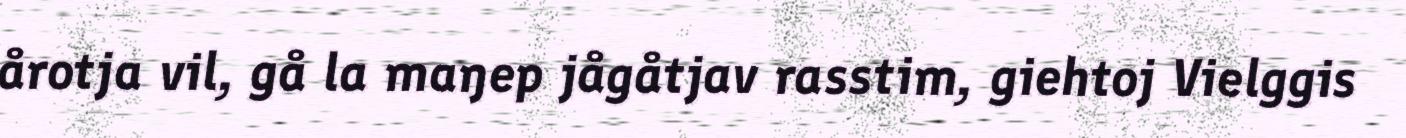
årotja vil, gå la maŋep jågåtjav rasstim, giehtoj Vielggis